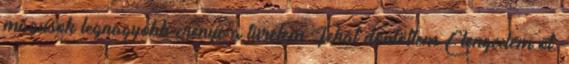
mágusok legnagyobb erénye a türelem Tehát döntöttem Elengedem őt.